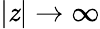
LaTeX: |\mathit{z}|\to\infty